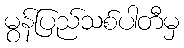
မွန်ပြည်သစ်ပါတီမှ